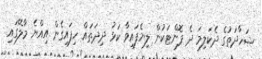
ޝަހާދަތުގެ ދެކަލިމަ ދެ ފޮންޓަކުން ލިޔެފައިވާ ކަޅު ދިދަތައް ހިފައިގެން އިއްޔެ މާލޭގައި